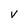
Character: V